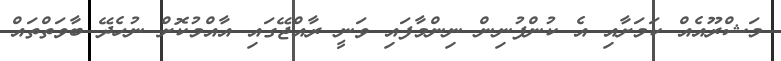
މަޝްރޫއެއް ކަމަށާއި އެ ކުންފުނިން ނިންމާފައި ވަނީ ރާއްޖޭގައި އާއްމުކޮށް ނުހެދޭ ބާވަތްތައް